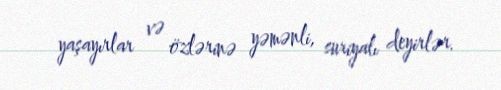
yaşayırlar və özlərinə yəmənli, suriyalı deyirlər.